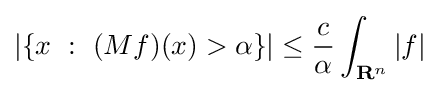
|\{x\ :\ (Mf)(x)>\alpha \}|\leq {\frac {c}{\alpha }}\int _{\mathbf {R} ^{n}}|f|